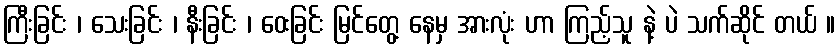
ကြီးခြင်း ၊ သေးခြင်း ၊ နီးခြင်း ၊ ဝေးခြင်း မြင်တွေ့ နေမှ အားလုံး ဟာ ကြည့်သူ နဲ့ ပဲ သက်ဆိုင် တယ် ။